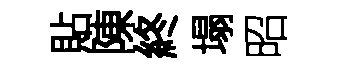
貼陳終塌昭